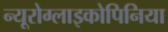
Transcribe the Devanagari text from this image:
न्यूरोग्लाइकोपिनिया